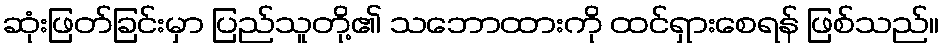
ဆုံးဖြတ်ခြင်းမှာ ပြည်သူတို့၏ သဘောထားကို ထင်ရှားစေရန် ဖြစ်သည်။